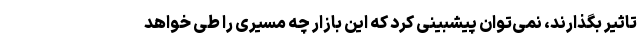
تاثیر بگذارند، نمی‌توان پیشبینی کرد که این بازار چه مسیری را طی خواهد